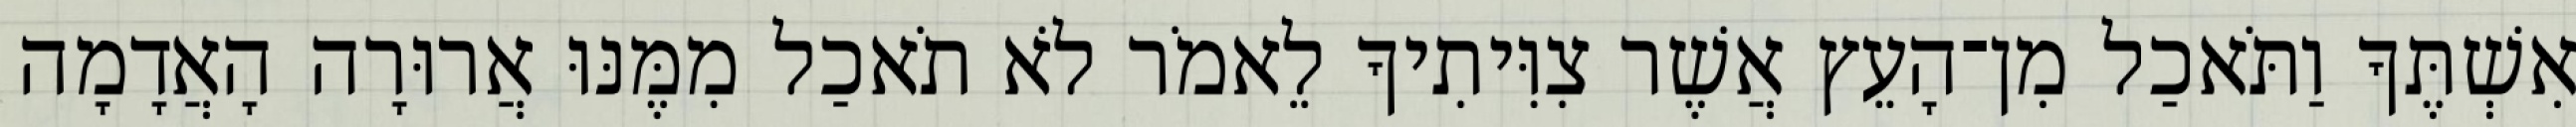
אִשְׁתֶּךָ וַתֹּאכַל מִן־הָעֵץ אֲשֶׁר צִוִּיתִיךָ לֵאמֹר לֹא תֹאכַל מִמֶּנּוּ אֲרוּרָה הָאֲדָמָה